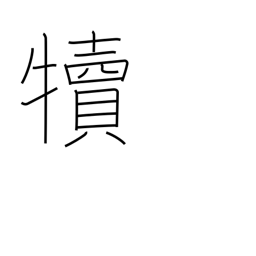
Meaning: calf